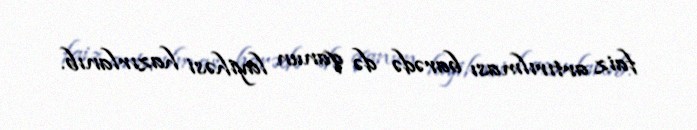
faiz artırılması barədə də qanun layihəsi hazırlanıb.